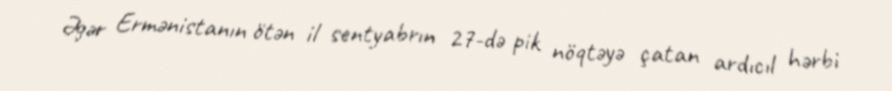
Əgər Ermənistanın ötən il sentyabrın 27-də pik nöqtəyə çatan ardıcıl hərbi